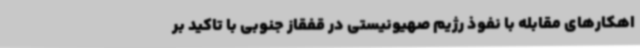
اهکارهای مقابله با نفوذ رژیم صهیونیستی در قفقاز جنوبی با تاکید بر